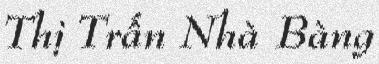
Thị Trấn Nhà Bàng